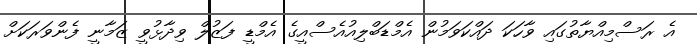
އެ ރަސްމިއްޔާތުގައި ވާހަކަ ދައްކަވަމުން އެމްޑަބްލިއުއެސްއީގެ އެމްޑީ ފަޒުލް ވިދާޅުވީ ޒަމާނީ ފެންވަރަކަށް